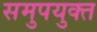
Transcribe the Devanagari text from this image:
समुपयुक्त